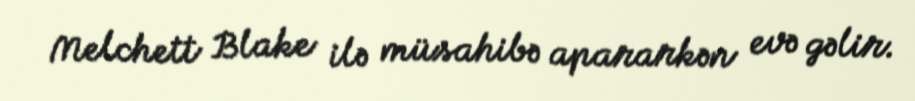
Melchett Blake ilə müsahibə apararkən evə gəlir.